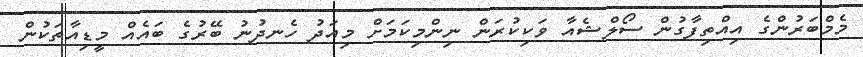
މެމްބަރުންގެ އިއްތިފާގުން ސޯލްޝެއާ ވަކިކުރަން ނިންމިކަމަށް މިއަދު ހެނދުނު ބޭރުގެ ބައެއް މީޑިއާތަކުން